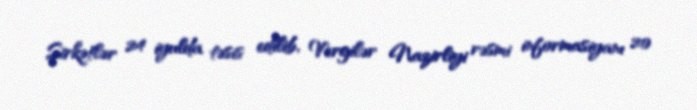
Şirkətlər 24 iyulda təsis edilib, Vergilər Nazirliyi rəsmi informasiyanı 20